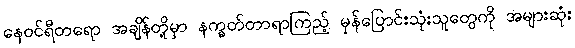
နေဝင်ရီတရော အချိန်တို့မှာ နက္ခတ်တာရာကြည့် မှန်ပြောင်းသုံးသူတွေကို အများဆုံး